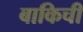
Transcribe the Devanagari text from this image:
बाकिची